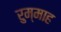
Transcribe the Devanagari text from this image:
रुम्माह